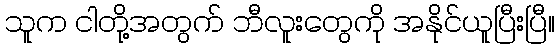
သူက ငါတို့အတွက် ဘီလူးတွေကို အနိုင်ယူပြီးပြီ။